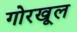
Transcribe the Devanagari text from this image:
गोरखूल